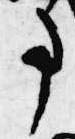
事